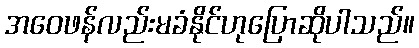
အဝေဖန်လည်းမခံနိုင်ဟုပြောဆိုပါသည်။